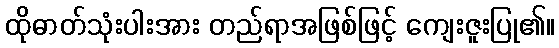
ထိုဓာတ်သုံးပါးအား တည်ရာအဖြစ်ဖြင့် ကျေးဇူးပြု၏။